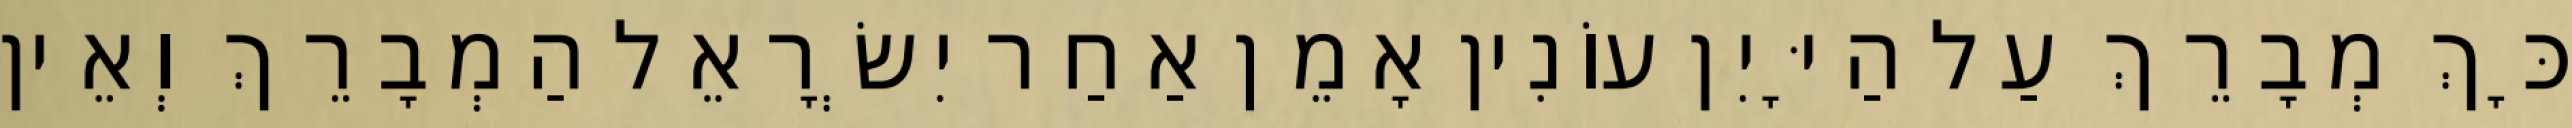
כָּךְ מְבָרֵךְ עַל הַיָּיִן עוֹנִין אָמֵן אַחַר יִשְׂרָאֵל הַמְבָרֵךְ וְאֵין